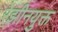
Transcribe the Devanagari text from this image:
रेझीनयुक्त